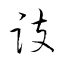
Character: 跂